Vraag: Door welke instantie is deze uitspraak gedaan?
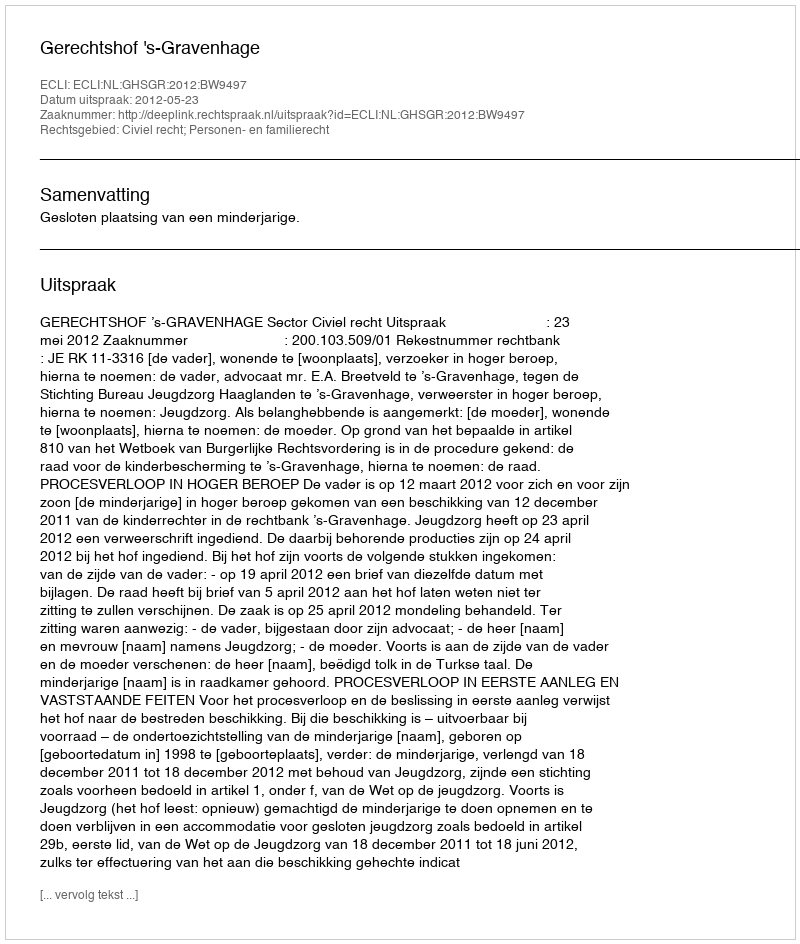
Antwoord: Gerechtshof 's-Gravenhage